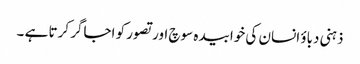
ذہنی دباؤ انسان کی خوابیدہ سوچ اور تصور کو اجاگر کرتا ہے ۔